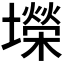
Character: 𫮴